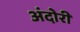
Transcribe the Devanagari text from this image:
अंदोरी